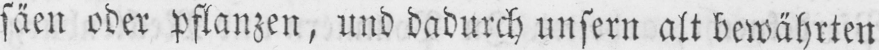
säen oder pflanzen, und dadurch unsern altbewährten